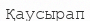
Қаусырап